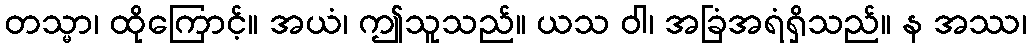
တသ္မာ၊ ထိုကြောင့်။ အယံ၊ ဤသူသည်။ ယသ ဝါ၊ အခြံအရံရှိသည်။ န အဿ၊